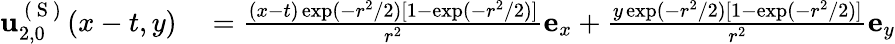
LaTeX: \begin{array}{rl}{\mathbf{u}_{2,0}^{\mathrm{~(~S~)~}}(x-t,y)}&{{}=\frac{(x-t)\exp(-r^{2}/2)[1-\exp(-r^{2}/2)]}{r^{2}}\mathbf{e}_{x}+\frac{y\exp(-r^{2}/2)[1-\exp(-r^{2}/2)]}{r^{2}}\mathbf{e}_{y}}\end{array}